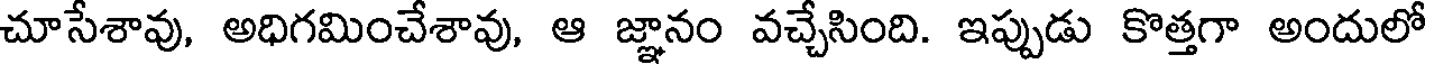
చూసేశావు, అధిగమించేశావు, ఆ జ్ఞానం వచ్చేసింది. ఇప్పుడు కొత్తగా అందులో